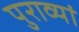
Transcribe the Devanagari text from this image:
पुराव्यां